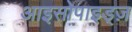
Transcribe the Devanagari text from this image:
आइसोपाइड्ज़